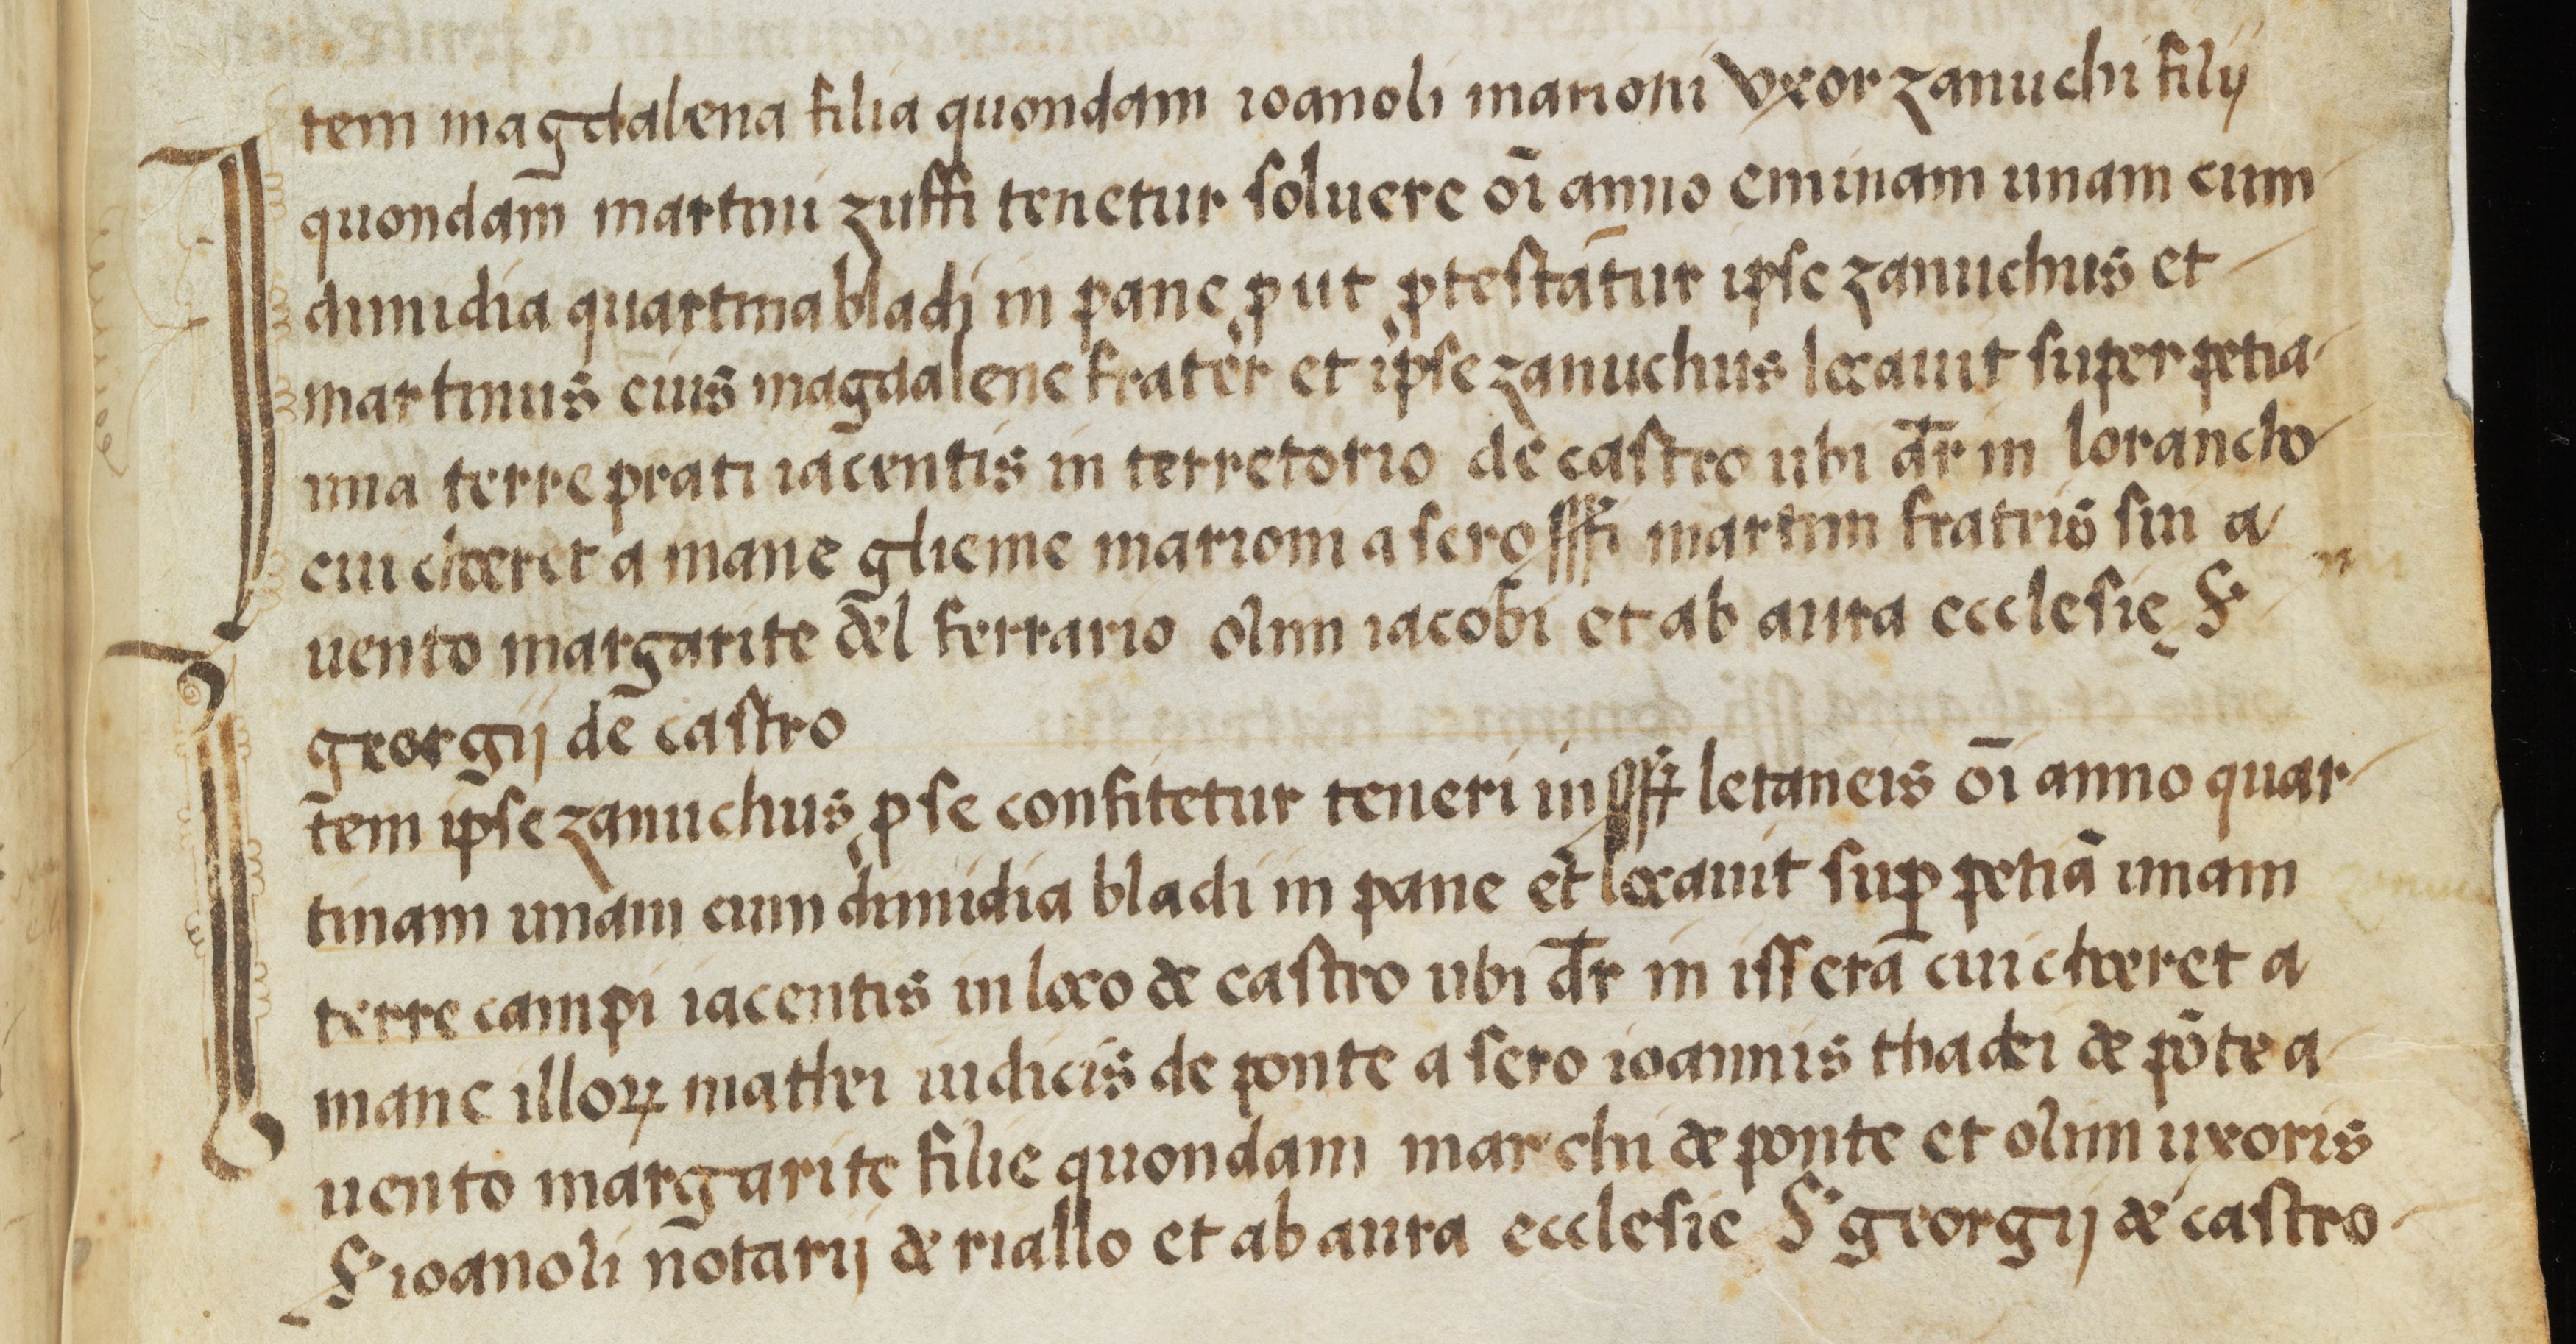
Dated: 1554–1554